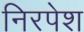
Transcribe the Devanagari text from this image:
निरपेश